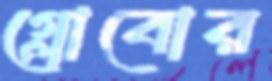
গ্লোবোর